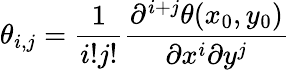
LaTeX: \theta_{i,j}=\frac{1}{i!j!}\frac{\partial^{i+j}\theta(x_{0},y_{0})}{\partial x^{i}\partial y^{j}}